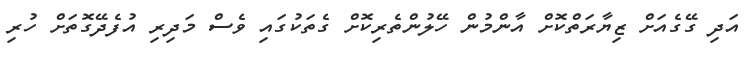
އަދި ގޭގެއަށް ޒިޔާރަތްކޮށް އާންމުން ހޭލުންތެރިކޮށް ގެތަކުގައި ވެސް މަދިރި އުފެދޭގޮތަށް ހުރި